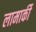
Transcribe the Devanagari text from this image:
लामार्की